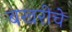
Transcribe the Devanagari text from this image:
बखरीचे